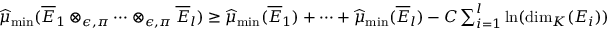
\begin{array} { r } { \widehat { \mu } _ { \operatorname* { m i n } } ( \overline { E } _ { 1 } \otimes _ { \epsilon , \pi } \cdots \otimes _ { \epsilon , \pi } \overline { E } _ { l } ) \geq \widehat { \mu } _ { \operatorname* { m i n } } ( \overline { E } _ { 1 } ) + \cdots + \widehat { \mu } _ { \operatorname* { m i n } } ( \overline { E } _ { l } ) - C \sum _ { i = 1 } ^ { l } \ln ( \dim _ { K } ( E _ { i } ) ) } \end{array}